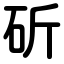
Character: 斫